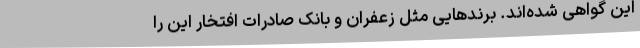
این گواهی شده‌اند. برندهایی مثل زعفران و بانک صادرات افتخار این را